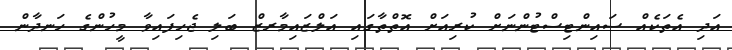
އަދި އެތަކެއް ސައިންޓިސްޓުންނަށް ކުރިއަށް އޮތްތާގައި އަލްޒައިމާރޒް ބަލި ޖެހިފައިވާ މީހުންގެ ހަނދާން